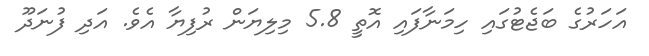
އަހަރުގެ ބަޖެޓުގައި ހިމަނާފައި އޮތީ 5.8 މިލިޔަން ރުފިޔާ އެވެ. އަދި ފުނަދޫ